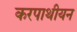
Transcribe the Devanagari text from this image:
करपाथीयन